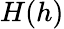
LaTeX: H(h)